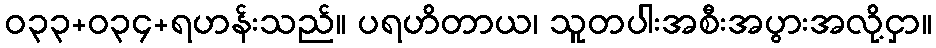
ဝ၃၃+၀၃၄+ရဟန်းသည်။ ပရဟိတာယ၊ သူတပါးအစီးအပွားအလို့ငှာ။